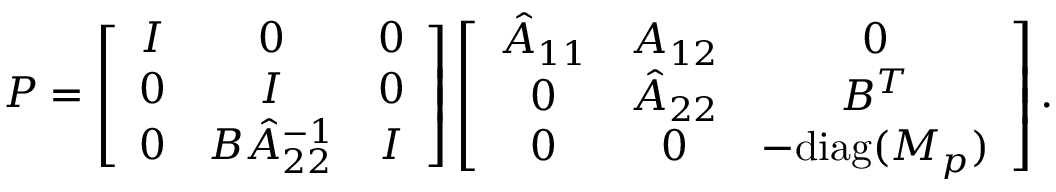
P = \left[ { \begin{array} { c c c } { I } & { 0 } & { 0 } \\ { { { { 0 } } } } & { I } & { 0 } \\ { 0 } & { B \hat { A } _ { 2 2 } ^ { - 1 } } & { I } \end{array} } \right] \left[ { \begin{array} { c c c } { { { \hat { A } _ { 1 1 } } } } & { A _ { 1 2 } } & { 0 } \\ { { { { 0 } } } } & { { { \hat { A } _ { 2 2 } } } } & { { { B ^ { T } } } } \\ { 0 } & { 0 } & { - \mathrm { d i a g } ( M _ { p } ) } \end{array} } \right] .